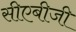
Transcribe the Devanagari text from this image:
सीएबीजी